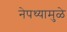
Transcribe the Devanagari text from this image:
नेपथ्यामुळे